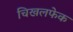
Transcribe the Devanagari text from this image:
चिखलफेक